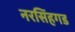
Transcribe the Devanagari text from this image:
नरसिंहगड